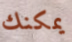
يمكنك